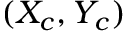
( X _ { c } , Y _ { c } )